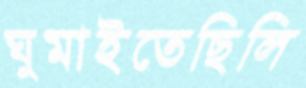
ঘুমাইতেছিলি